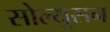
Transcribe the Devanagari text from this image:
सोल्युसन